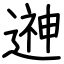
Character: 𨕫